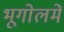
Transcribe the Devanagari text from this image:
भूगोलमें